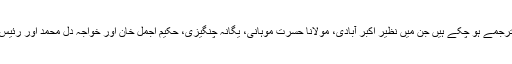
اردو میں اس نظم کے کم از کم پچاس ترجمے ہو چکے ہیں جن میں نظیر اکبر آبادی، مولانا حسرت موہانی، یگانہ چنگیزی، حکیم اجمل خان اور خواجہ دل محمد اور رئیس امروہوی کے تراجم بہت معروف ہیں۔